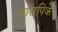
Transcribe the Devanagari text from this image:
चारापिके